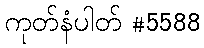
ကုတ်နံပါတ် #5588